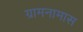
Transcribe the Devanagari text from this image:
ग्रामनामास